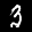
Label: 3